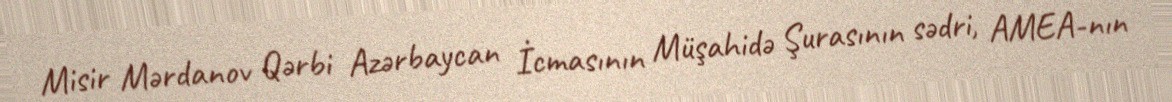
Misir Mərdanov Qərbi Azərbaycan İcmasının Müşahidə Şurasının sədri, AMEA-nın